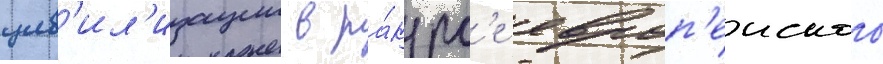
цив'ил'изации в ра́курс'е европ'еиского